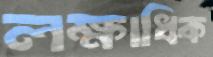
লক্ষাধিক